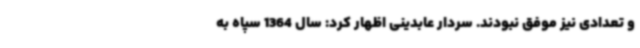
و تعدادی نیز موفق نبودند. سردار عابدینی اظهار کرد: سال 1364 سپاه به